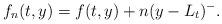
LaTeX: \begin{align*}f_n(t,y)=f(t,y)+n(y-L_t)^-.\end{align*}